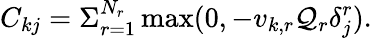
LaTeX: C_{kj}=\Sigma_{r=1}^{N_{r}}\operatorname*{max}(0,-v_{k,r}\mathcal{Q}_{r}\delta_{j}^{r}).